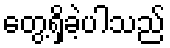
တွေ့ရှိခဲ့ပါသည်